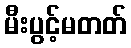
မီးပွင့်မတတ်